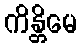
ကိန္တိမေ